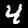
Digit: 4